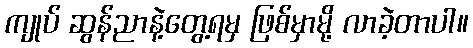
ကျုပ် ဆွန်ညာနဲ့တွေ့ရမှ ဖြစ်မှာမို့ လာခဲ့တာပါ။